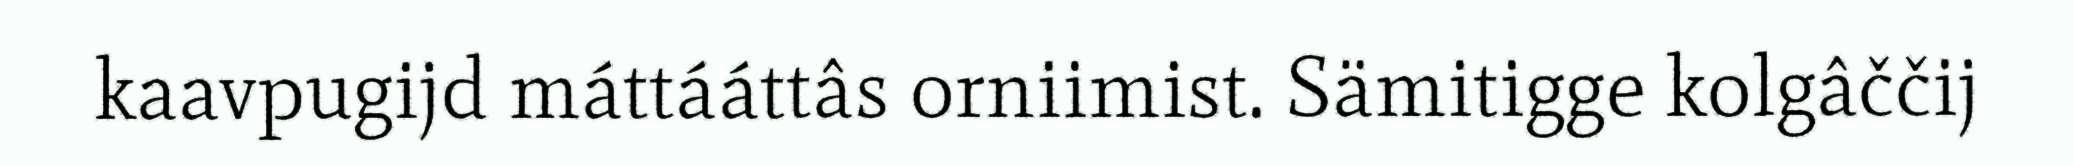
kaavpugijd máttááttâs orniimist. Sämitigge kolgâččij